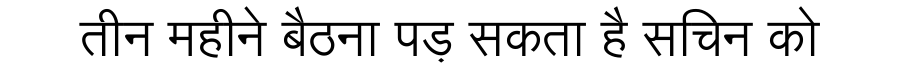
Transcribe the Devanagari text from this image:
तीन महीने बैठना पड़ सकता है सचिन को